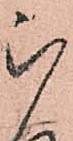
被